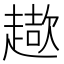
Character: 𧽓